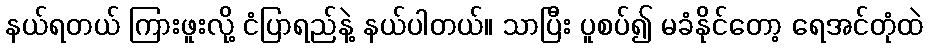
နယ်ရတယ် ကြားဖူးလို့ ငံပြာရည်နဲ့ နယ်ပါတယ်။ သာပြီး ပူစပ်၍ မခံနိုင်တော့ ရေအင်တုံထဲ